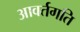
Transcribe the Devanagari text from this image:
आवर्तगति